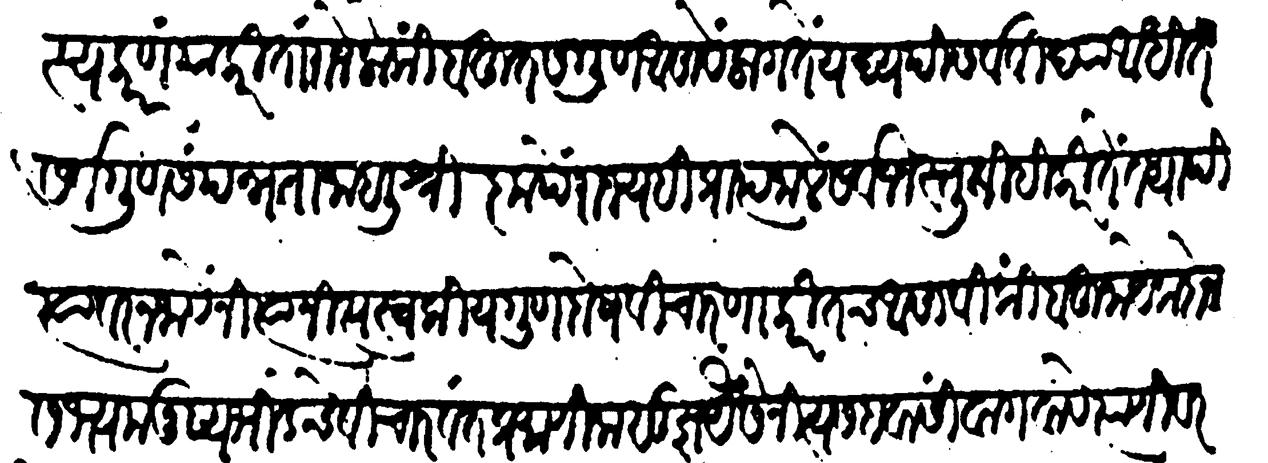
Transliteration (Devanagari): कालस्य कारणम् याकरितां राजेलोकीं बहुत सगुण आसावें लागते यद्यपि सर्व विद्या आधित सर्वगुणसंपन्नता जाहली श्रीकृपें राज्यहि प्राप्त जालें सर्वजन स्तुती करीते तथापि त्यावर न जावे नित्य नित्य स्वकीय गुणदोष विचारणा करीतच असावी किंबहुना येक दोन सभ्य मनुष्य भिडेचे विचारवंत प्रमाणिक सुज्ञ यैसे नित्य सहवासीं वागवावे त्यांणी वरते